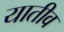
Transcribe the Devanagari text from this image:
यातीव